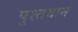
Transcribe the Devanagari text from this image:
पुश्तवान